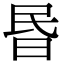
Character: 昬